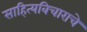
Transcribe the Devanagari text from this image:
साहित्यविचाराचे